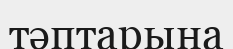
тәптарына